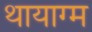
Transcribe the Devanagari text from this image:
थायाग्म